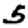
Digit: 5